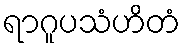
ရာဂူပသံဟိတံ